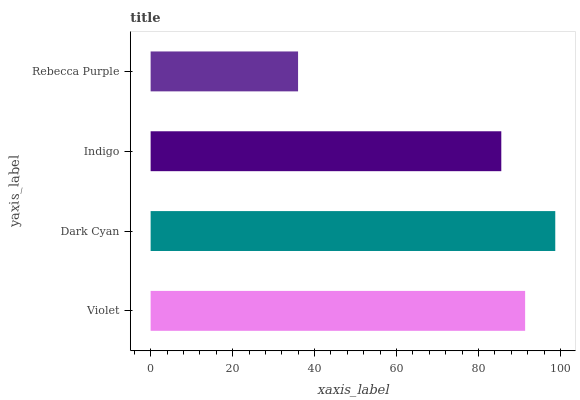
| yaxis_label | bars |
 | --- | --- |
 | Violet | 91.4 |
 | Dark Cyan | 98.7 |
 | Indigo | 85.5 |
 | Rebecca Purple | 36 |